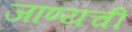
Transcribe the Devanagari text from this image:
जाण्यची